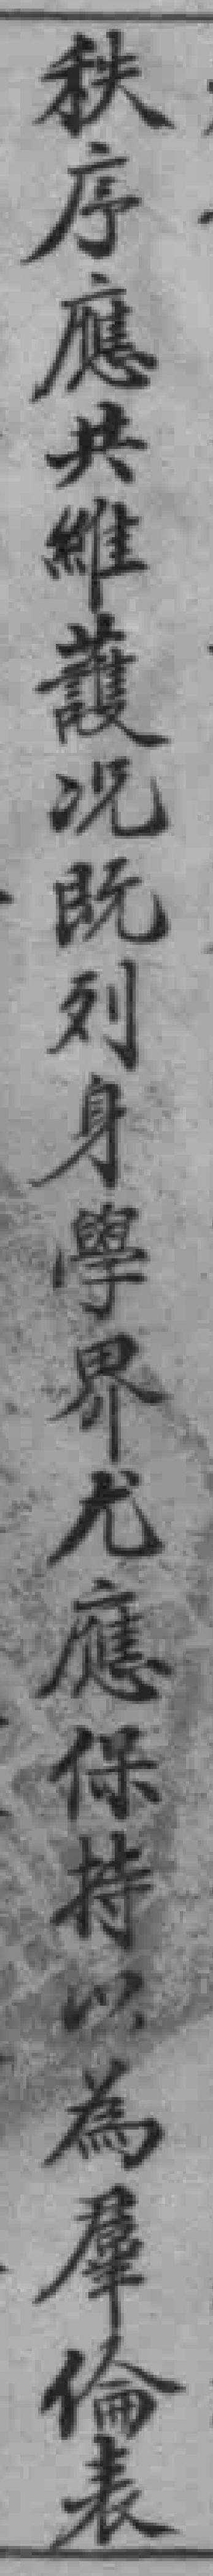
秩序應共維護况既列身學界尤應保特為羣倫表